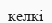
келкі